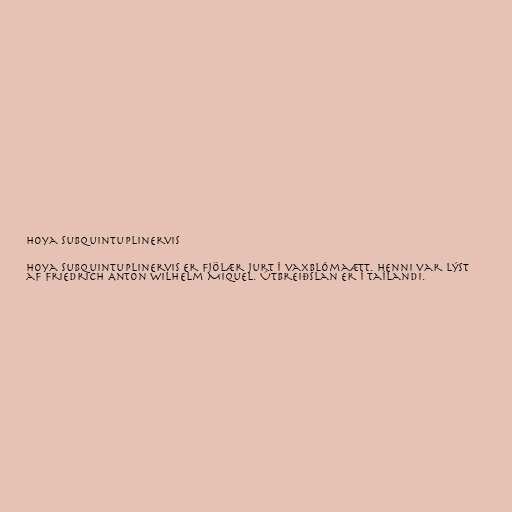
Hoya subquintuplinervis

Hoya subquintuplinervis er fjölær jurt í vaxblómaætt. Henni var lýst
af Friedrich Anton Wilhelm Miquel. Útbreiðslan er í Taílandi.